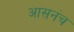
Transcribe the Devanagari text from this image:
आसनंच